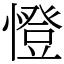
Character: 憕